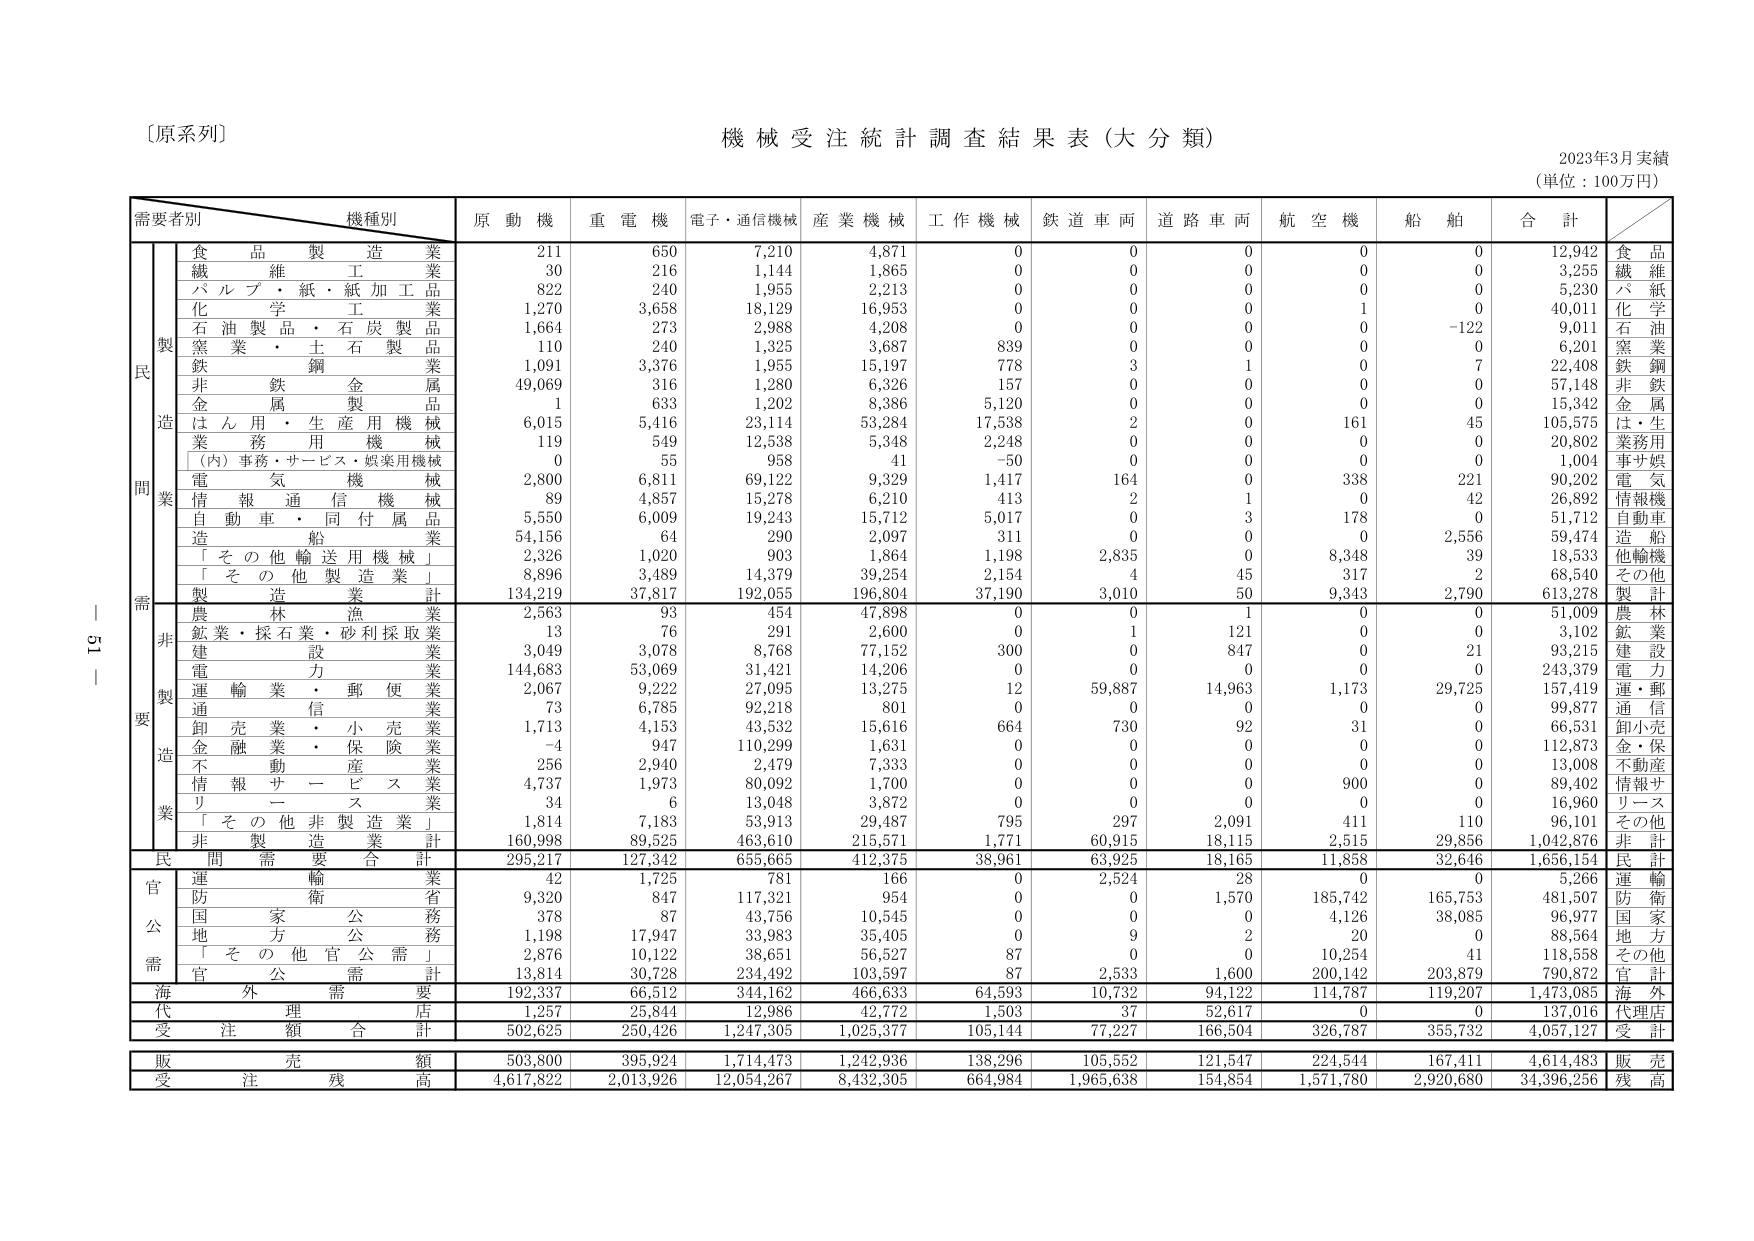
〔原系列〕
機械受注統計調査結果表（大分類）
2023年3月実績
（単位：100万円）

需要者別　　機種別
　　　　　　　原動機　　重電機　　電子・通信機械　　産業機械　　工作機械　　鉄道車両　　道路車両　　航空機　　船舶　　合計